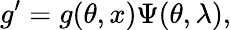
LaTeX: g^{\prime}=g(\theta,x)\Psi(\theta,\lambda),